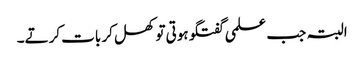
البتہ جب علمی گفتگو ہوتی تو کھل کر بات کرتے۔